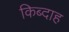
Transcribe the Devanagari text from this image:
किब्दाह